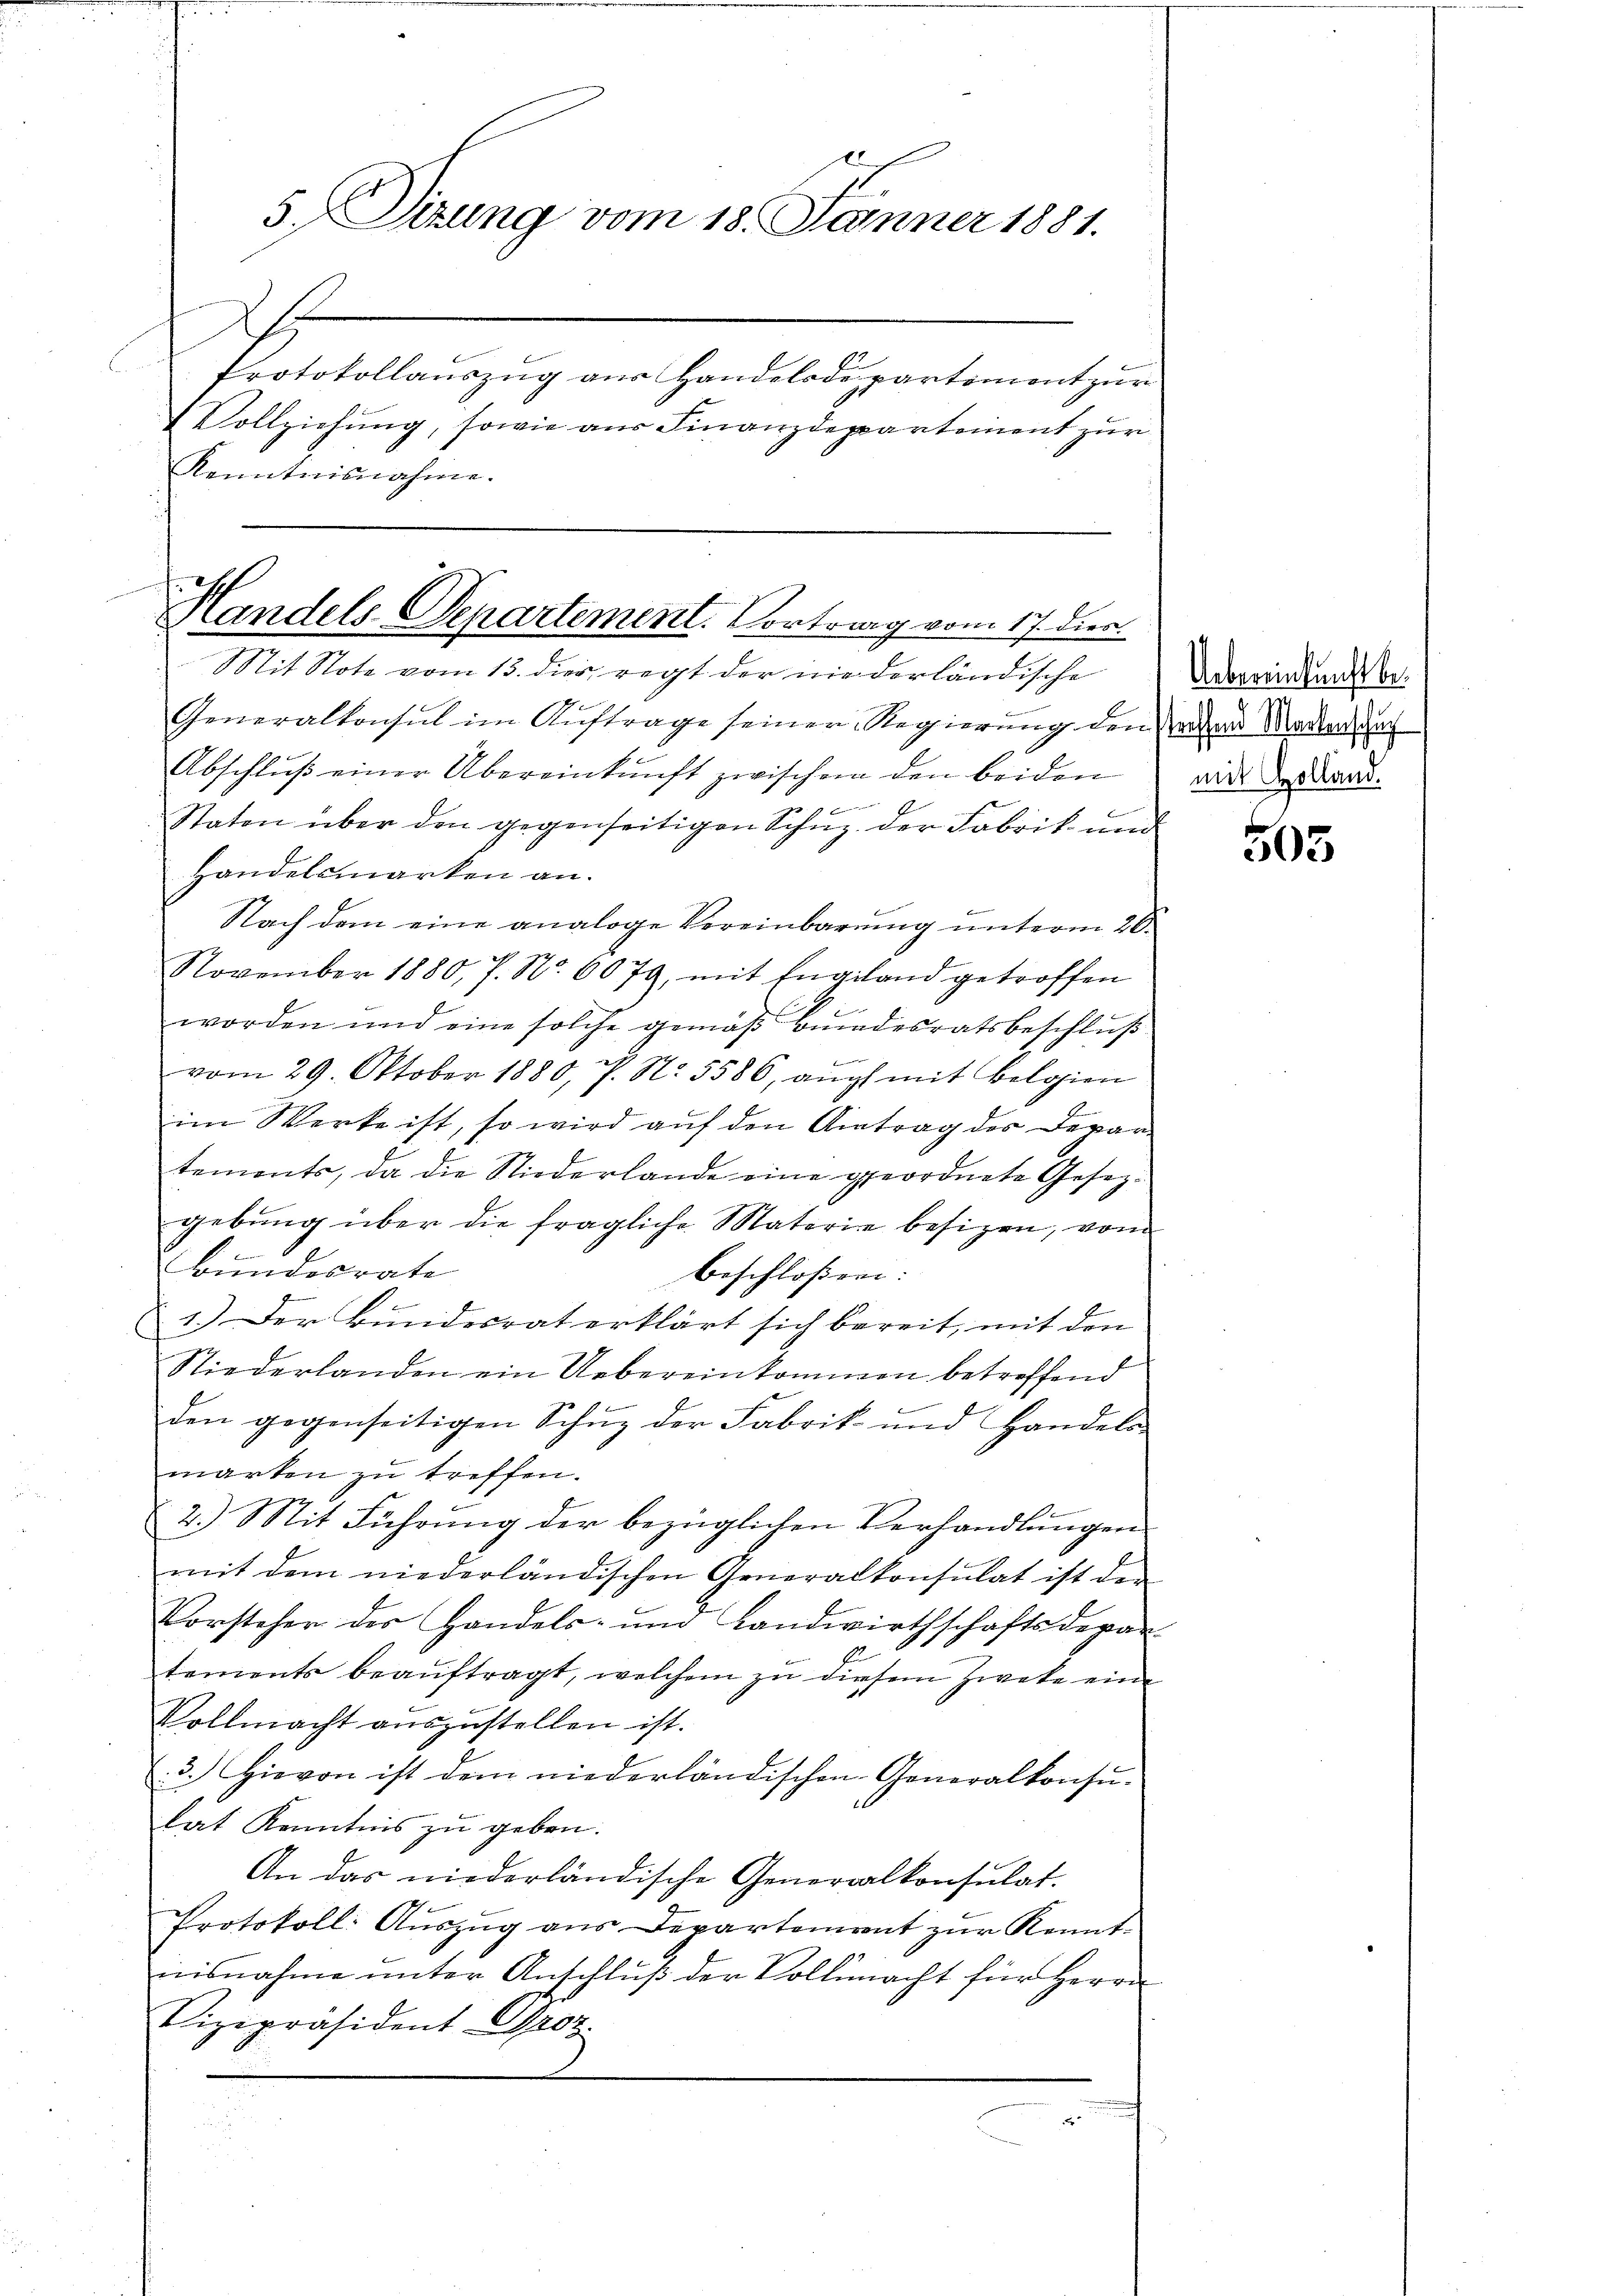
d
5. Sizung vom 18. Jänner 1881.
Praestalten gegen handlungen einen ein

Vollziehung, sowie aus Finanzdepartement zur
Kenntnisnahme.

Handels-Departement. Vortrag vom 17. Dier.
Mit Note vom 13. dies regt der nie derländische

Generalkonsul im Auftrage seiner Regierung den anders Marten, da
b
Abschluß einer Übereinkunft zwischen den beiden

Staton über den gegenseitigen Schnz der Fabrik und
Handelsmarken an.
Nach dem eine analoge Vereinbarung unterm 26.
November 1880, 7. No. 6079, mit Engeland getroffen
worden und eine solche gemäß Bundesratsbeschluß
e
vom 29. Oktober 1880, P. N. 5586, auch mit Belgien
im Werke ist, so wird auf den Antrag der Depar-
temonts, da die Niederlande eine geordnete Gesezgebŭng über die fragliche Materie besizen, vom
Bundesrate
beschloßen:
.
1.) Der Bundesrat erklärt sich bereit, mit den
Niederlanden ein Uebereinkommen betreffend
den gegenseitigen Schŭz der Fabrik und Handels-
marken zu treffen.
2.) Mit Führung der bezüglichen Verhandlungen
mit dem niederländischen Generalkonsulat ist der
Vorsteher der Handels- und Landwirthschaftsdepar
1
tements beaŭftragt, welchem zu diesem Zweke eine
Vollmacht auszustellen ist.
3. Hievon ist dem niederländischen Generalkonsu-
lat Kenntnis zu geben.
An das niederländische Generalkonsulat.
Protokoll: Aŭszŭg ans Departement zŭr Kennt-
nisnahme unter Anschluß der Vollmacht für Herrn
Vizepräsident Groz.

Uebereinkunft bemit Holland.

505